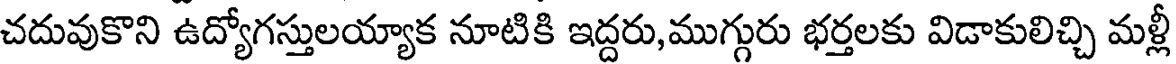
చదువుకొని ఉద్యోగస్తులయ్యాక నూటికి ఇద్దరు,ముగ్గురు భర్తలకు విడాకులిచ్చి మళ్లీ